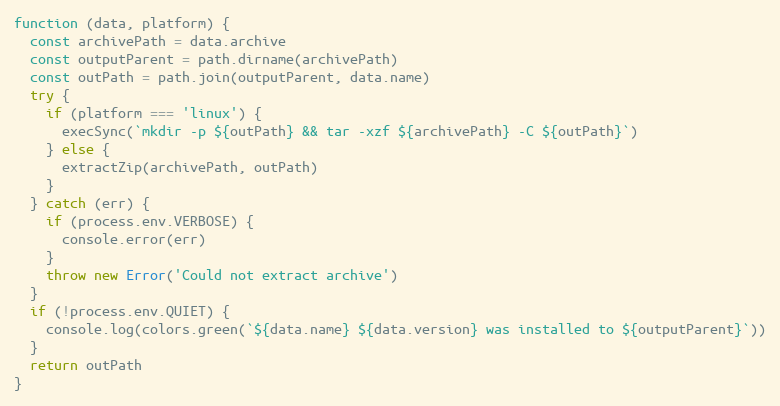
Language: JavaScript
function (data, platform) {
  const archivePath = data.archive
  const outputParent = path.dirname(archivePath)
  const outPath = path.join(outputParent, data.name)
  try {
    if (platform === 'linux') {
      execSync(`mkdir -p ${outPath} && tar -xzf ${archivePath} -C ${outPath}`)
    } else {
      extractZip(archivePath, outPath)
    }
  } catch (err) {
    if (process.env.VERBOSE) {
      console.error(err)
    }
    throw new Error('Could not extract archive')
  }
  if (!process.env.QUIET) {
    console.log(colors.green(`${data.name} ${data.version} was installed to ${outputParent}`))
  }
  return outPath
}